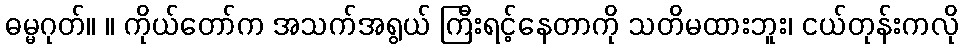
ဓမ္မဂုတ်။ ။ ကိုယ်တော်က အသက်အရွယ် ကြီးရင့်နေတာကို သတိမထားဘူး၊ ငယ်တုန်းကလို